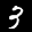
Label: 3